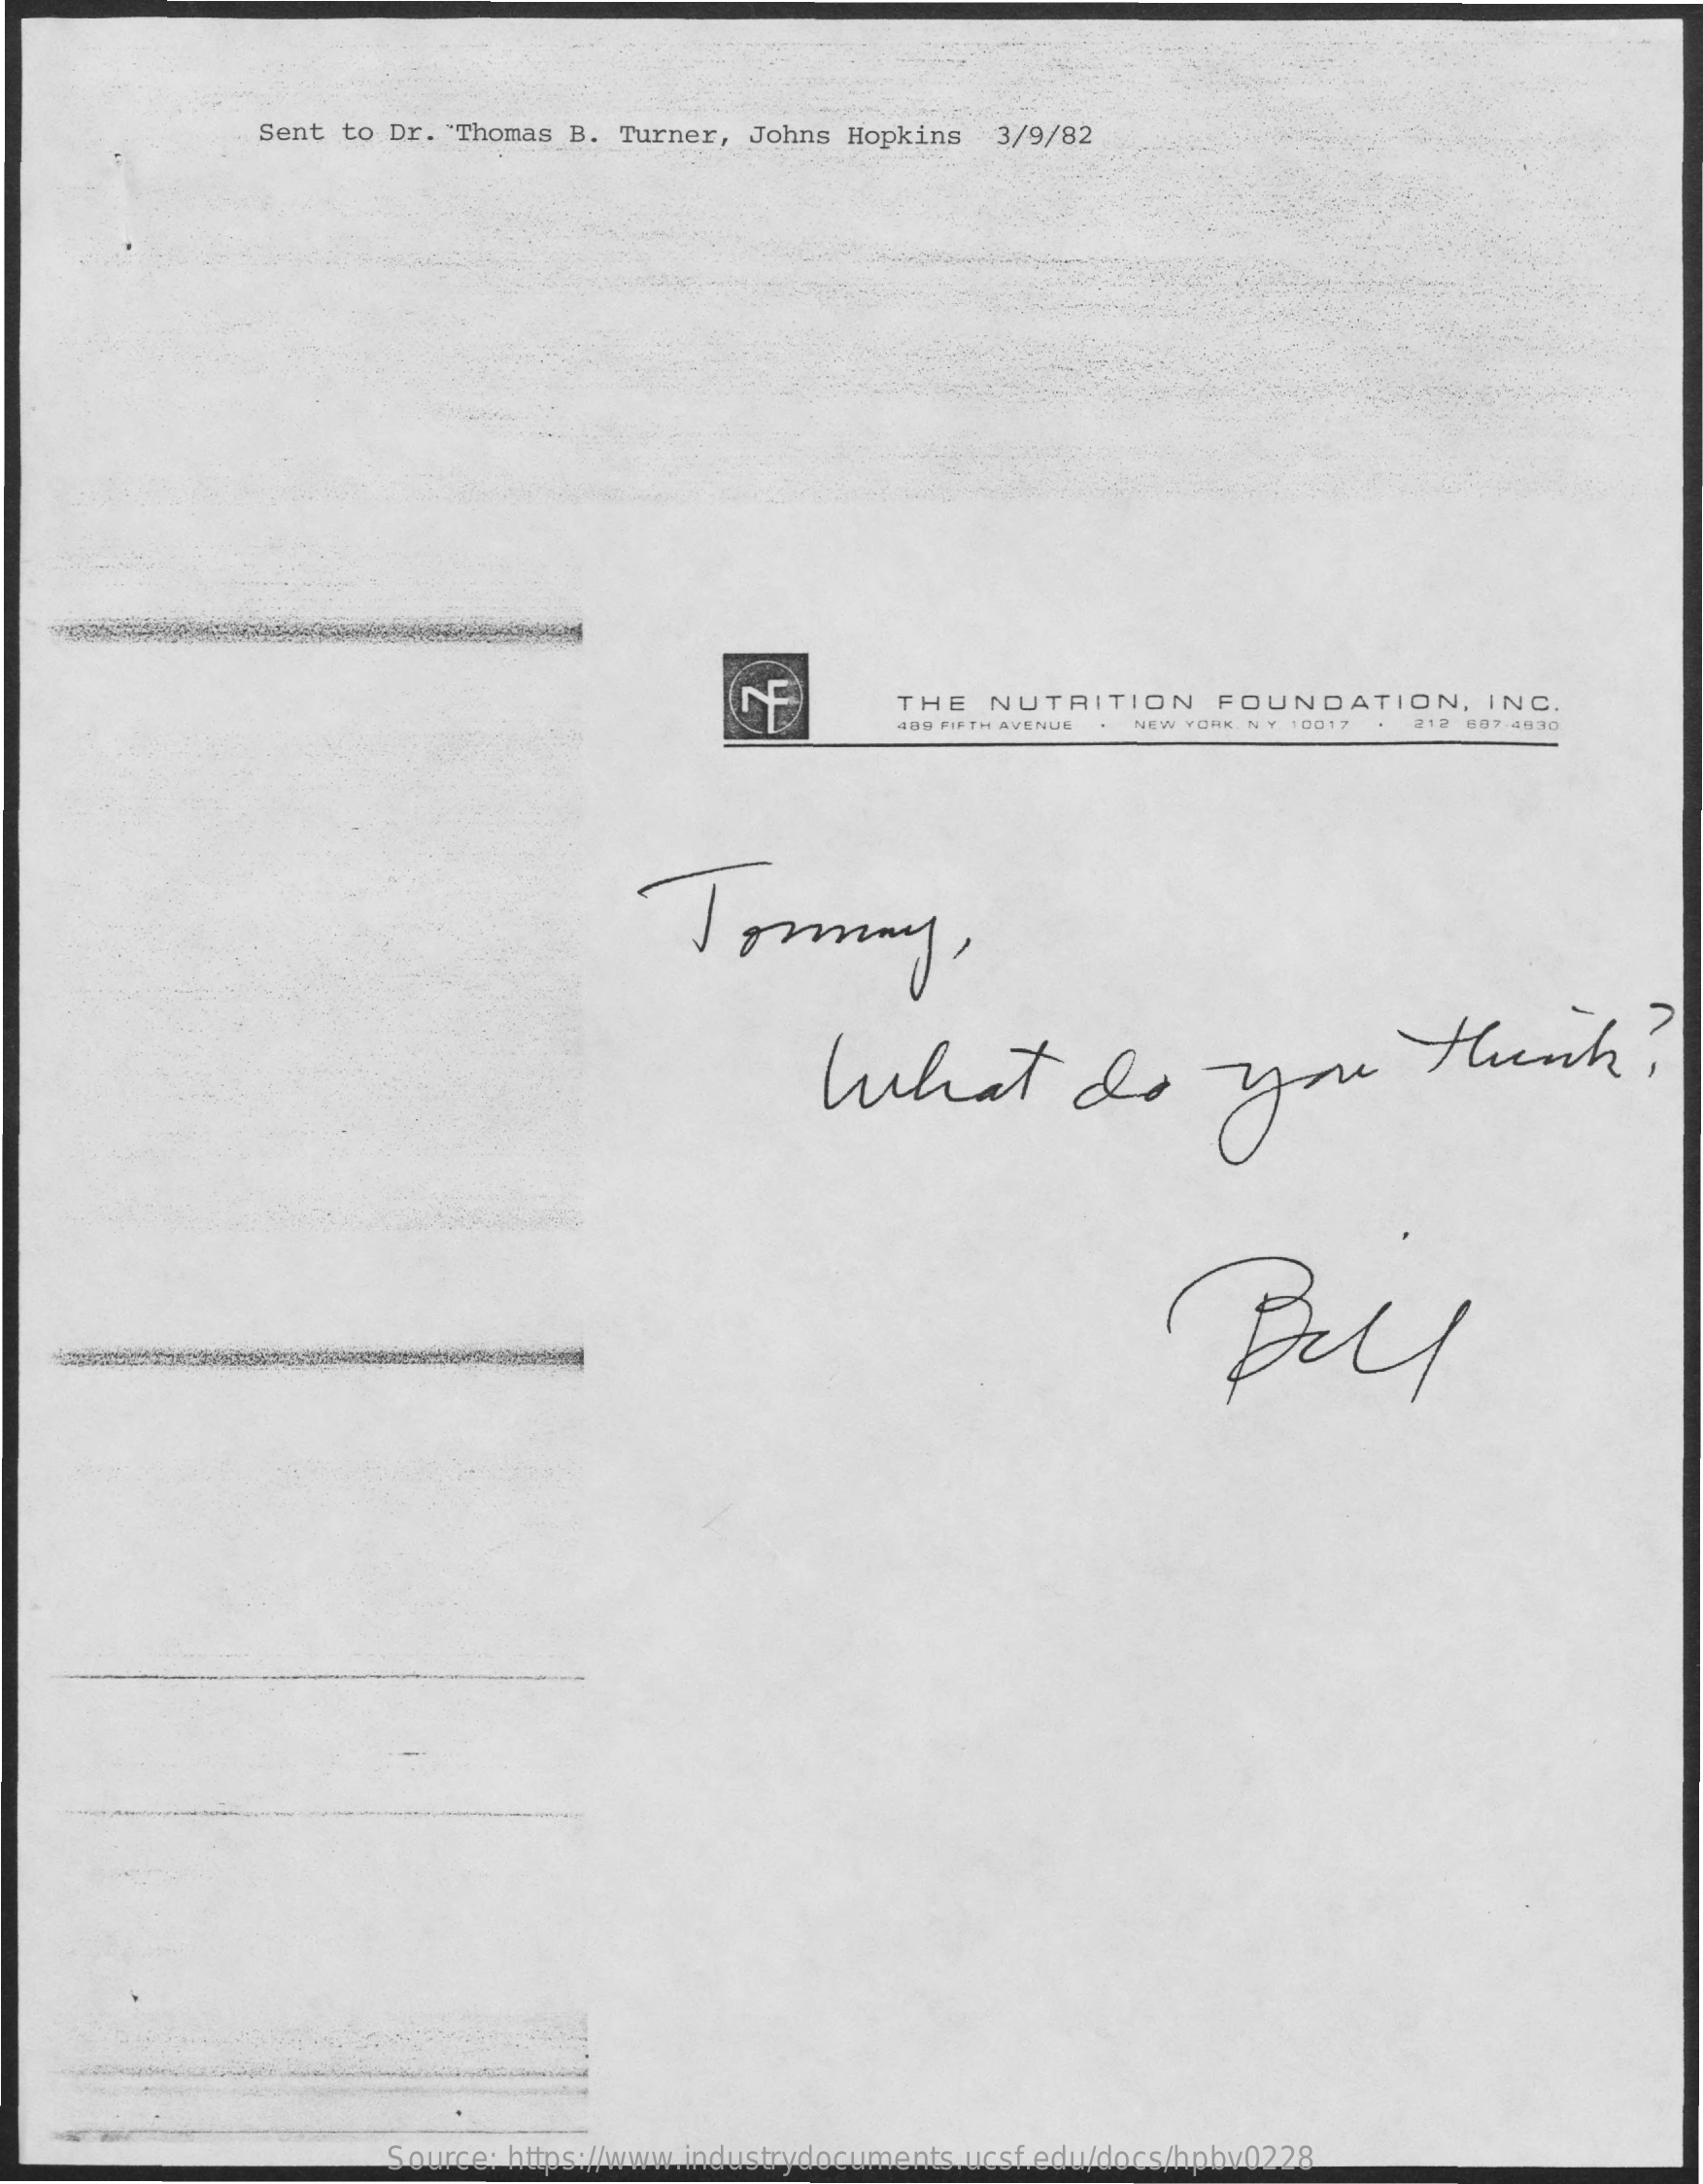
Sent to Dr. "Thomas B. Turner, Johns Hopkins   3/9/82
     THE   NUTRITION    FOUNDATION,    INC.
     499 FIFTH AVENUE NEW YORK NY 10017 212 687.4830
     Tomay,
     What    do    you    think?
     Bull
     Source: https://www.industrydocuments.ucsf.edu/docs/hpbv0228